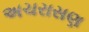
અચરાસણ